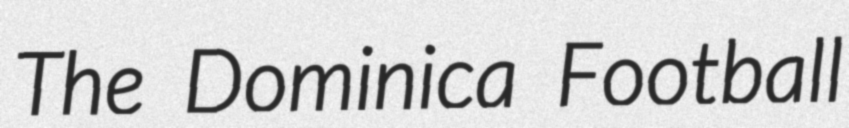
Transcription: The Dominica Football